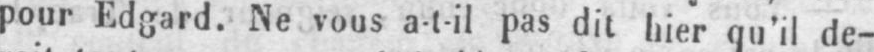
pour Edgard. Ne vous a-t-il pas dit hier qu’il de-